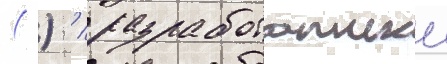
( ) / разработанныи